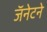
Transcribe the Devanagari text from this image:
जॅनेटने